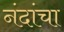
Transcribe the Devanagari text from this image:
नंदांचा